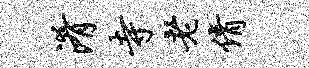
淆寺老倩